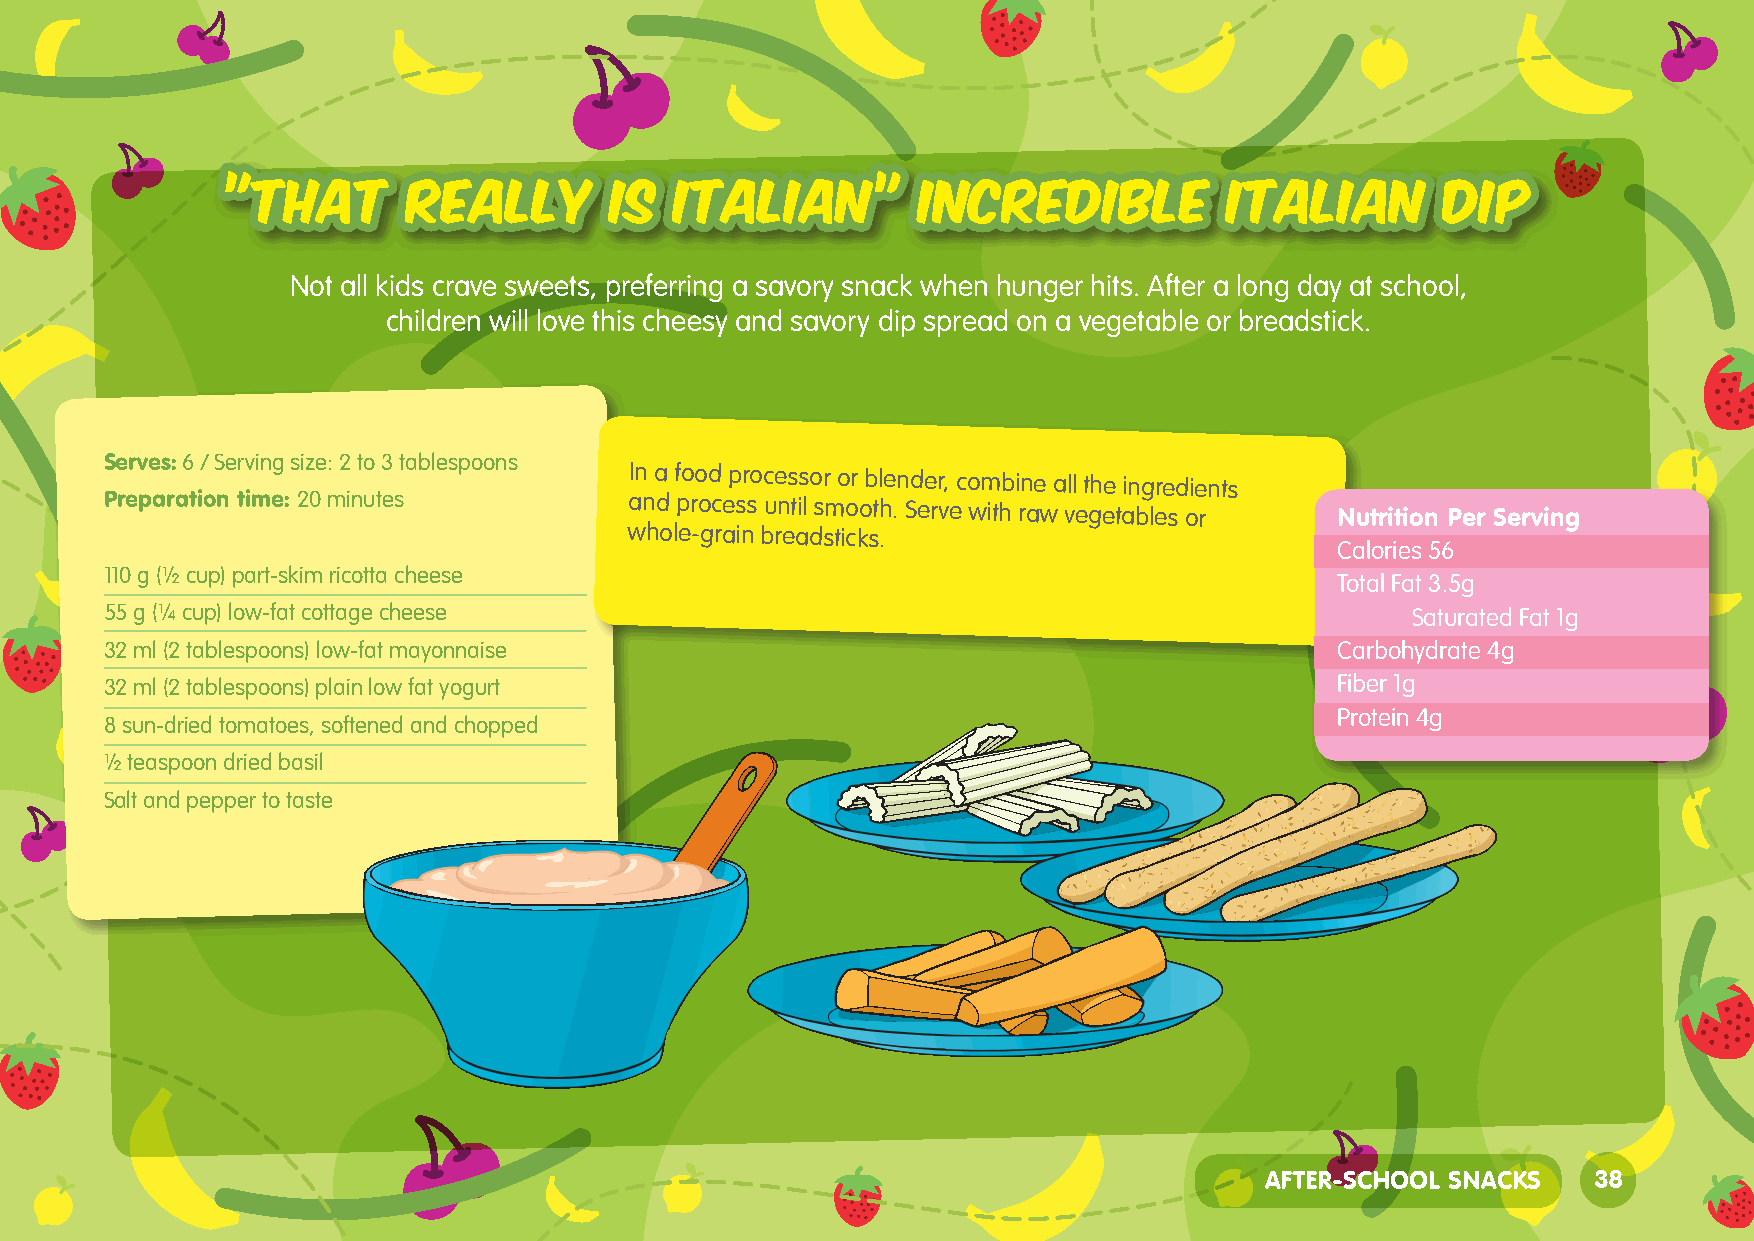
”THAT       REALLY       IS   ITALIAN”        INCREDIBLE          ITALIAN        DIP
 Not all kids crave sweets, preferring a savory snack when hunger hits. After a long day at school,
 children will love this cheesy and savory dip spread on a vegetable or breadstick.
 Serves: 6 / Serving size: 2 to 3 tablespoons
 In a food processor or blender, combine all the ingredients
 Preparation time: 20 minutes       and process until smooth. Serve with raw vegetables or Nutrition Per Serving
 whole-grain breadsticks.
 Calories 56
 110 g (½ cup) part-skim ricotta cheese
 Total Fat 3.5g
 55 g (¼ cup) low-fat cottage cheese                                                   Saturated Fat 1g
 32 ml (2 tablespoons) low-fat mayonnaise                                          Carbohydrate 4g
 32 ml (2 tablespoons) plain low fat yogurt                                        Fiber 1g
 Protein 4g
 8 sun-dried tomatoes, softened and chopped
 ½ teaspoon dried basil
 Salt and pepper to taste
 AFTER-SCHOOL SNACKS   38